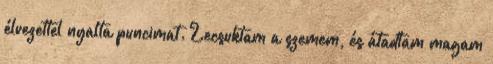
élvezettel nyalta puncimat. Lecsuktam a szemem, és átadtam magam